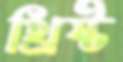
খ্রিষ্ট